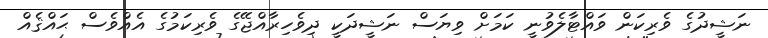
ނަޝީދުގެ ވެރިކަން ވައްޓާލެވުނީ ކަމަށް ވިޔަސް ނަޝީދަކީ ދިވެހިރާއްޖޭގެ ވެރިކަމުގެ އެއްވެސް ޙައްޤެއް